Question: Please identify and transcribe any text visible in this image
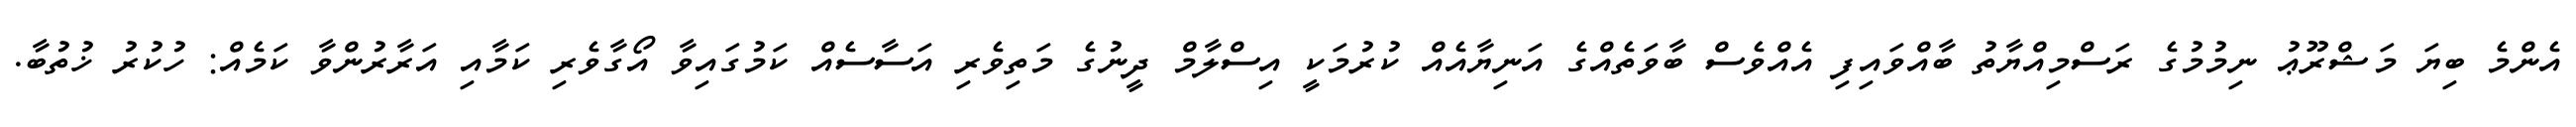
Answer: އެންމެ ބިޔަ މަޝްރޫޢު ނިމުމުގެ ރަސްމިއްޔާތު ބާއްވައިފި އެއްވެސް ބާވަތެއްގެ އަނިޔާއެއް ކުރުމަކީ އިސްލާމް ދީނުގެ މަތިވެރި އަސާސެއް ކަމުގައިވާ އޯގާވެރި ކަމާއި އަރާރުންވާ ކަމެއް: ހުކުރު ޚުތުބާ.